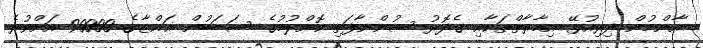
އާންމުން ދިރިއުޅޭ އިމާރާތްތަކާއި ގެދޮރު ސުންނާފަތި ކޮށްލުމުގެ ސަބަބުން ޣައްޒާގެ 90000 އަށްވުރެ